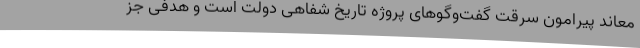
معاند پیرامون سرقت گفت‌وگوهای پروژه تاریخ شفاهی دولت است و هدفی جز